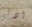
اذكى